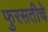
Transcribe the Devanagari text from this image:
फुरसतीचे